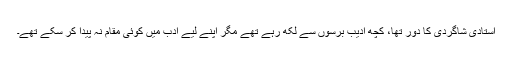
استادی شاگردی کا دور تھا، کچھ ادیب برسوں سے لکھ رہے تھے مگر اپنے لیے ادب میں کوئی مقام نہ پیدا کر سکے تھے۔